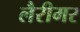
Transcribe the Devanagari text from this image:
लैरीमर